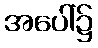
အပေါ်၌